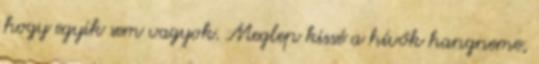
hogy egyik sem vagyok. Meglep kissé a hívők hangneme,